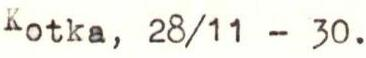
Kotka, 28/11 - 30.